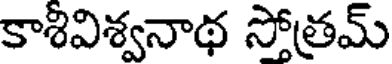
కాశివిశ్వనాథ సోత్రమ్